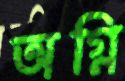
অগ্নি